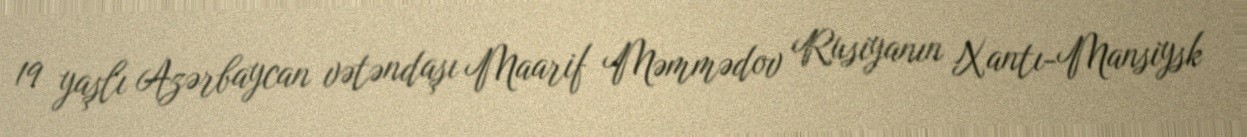
19 yaşlı Azərbaycan vətəndaşı Maarif Məmmədov Rusiyanın Xantı-Mansiysk